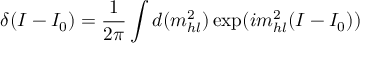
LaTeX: \delta ( I - I _ { 0 } ) = \frac { 1 } { 2 \pi } \int d ( m _ { h l } ^ { 2 } ) \exp ( i m _ { h l } ^ { 2 } ( I - I _ { 0 } ) )